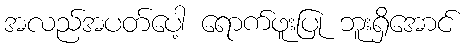
အလည်အပတ်ပေါ့ ရောက်ဖူးပြု ဘူးရှိအောင်